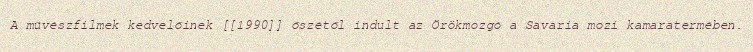
A művészfilmek kedvelőinek [[1990]] őszétől indult az Örökmozgó a Savaria mozi kamaratermében.